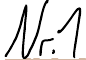
Nr. 1